On the morphology, teratology, and diclinism of the flowers of cannabis - Number 12
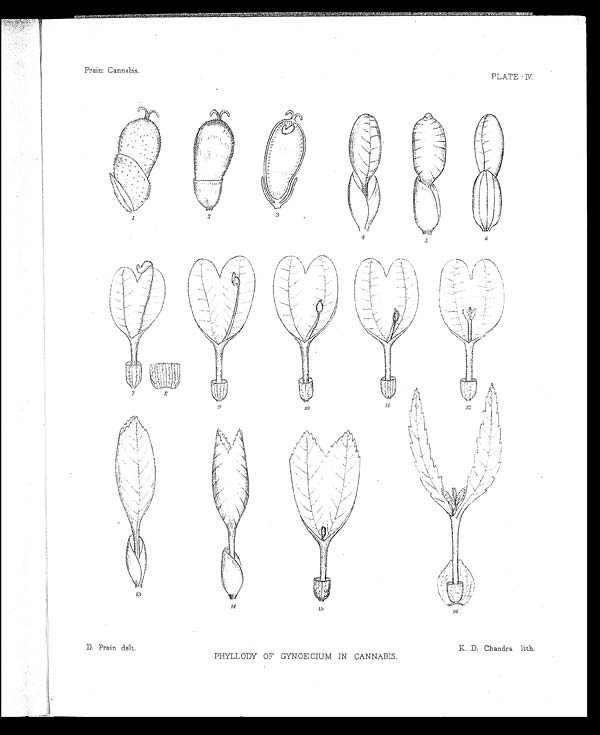
D. Prain delt.
K. D. Chandra lith.
Prain: Cannabis.
PLATE IV.
PHYLLODY OF GYNOECIUM IN CANNABIS.